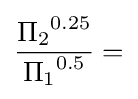
{\frac {{\Pi _{2}}^{0.25}}{{\Pi _{1}}^{0.5}}}=